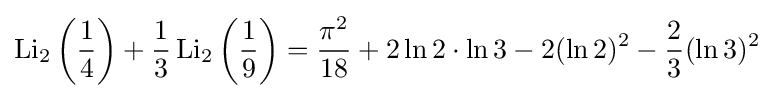
\operatorname {Li} _{2}\left({\frac {1}{4}}\right)+{\frac {1}{3}}\operatorname {Li} _{2}\left({\frac {1}{9}}\right)={\frac {{\pi }^{2}}{18}}+2\ln 2\cdot \ln 3-2(\ln 2)^{2}-{\frac {2}{3}}(\ln 3)^{2}